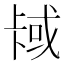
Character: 𫧳